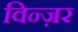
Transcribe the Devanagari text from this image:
विन्ज़र